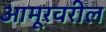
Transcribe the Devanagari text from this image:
आमूरवरील